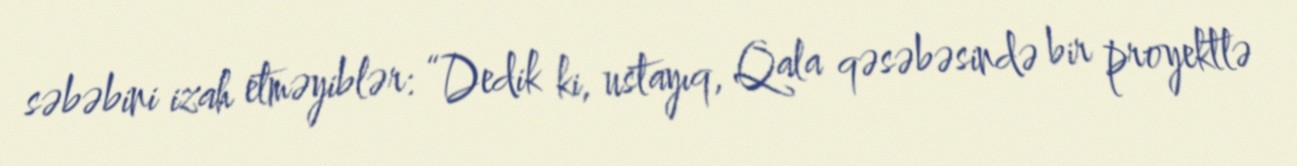
səbəbini izah etməyiblər: “Dedik ki, ustayıq, Qala qəsəbəsində bir proyektlə